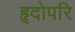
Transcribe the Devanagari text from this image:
हृदोपरि